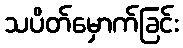
သပိတ်မှောက်ခြင်း